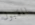
المقبول